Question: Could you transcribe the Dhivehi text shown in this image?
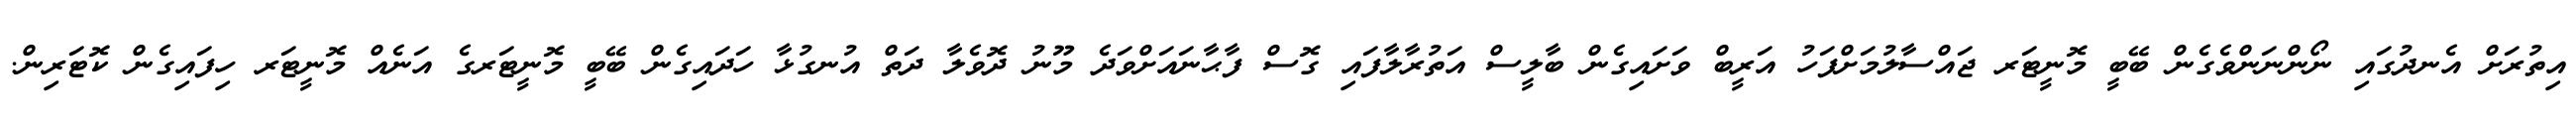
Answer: އިތުރަށް އެނދުގައި ނޯންނަންވެގެން ބޭބީ މޮނީޓަރ ޖައްސާލުމަށްފަހު އަރީބް ވަށައިގެން ބާލީސް އަތުރާލާފައި ގޮސް ފާޙާނައަށްވަދެ މޫނު ދޮވެލާ ދަތް އުނގުޅާ ހަދައިގެން ބޭބީ މޮނީޓަރގެ އަނެއް މޮނީޓަރ ހިފައިގެން ކޮޓަރިން.